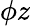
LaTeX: {\phi}z